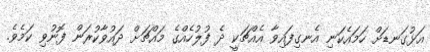
އަޅުގަނޑަށް ހަމައެކަނި އެނގިފައިވާ އެއްޗަކީ ދެ ފުލުހެއްގެ މައްޗަށް ދައުވާކުރަން ފޮނުވި ކަމެވެ.